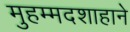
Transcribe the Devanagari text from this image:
मुहम्मदशाहाने